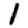
Digit: 1